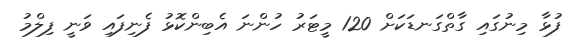
ފުޅާ މިނުގައި ގާތްގަނޑަކަށް 120 މީޓަރު ހުންނަ އެބިންކޮޅު ފެނިފައި ވަނީ ފިލްމު